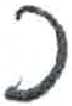
אות: ם